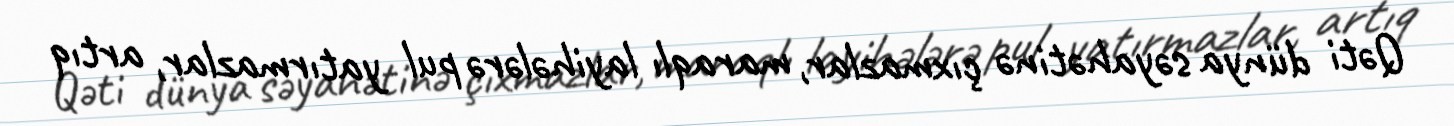
Qəti dünya səyahətinə çıxmazlar, maraqlı layihələrə pul yatırmazlar, artıq